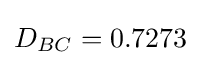
D_{BC}=0.7273